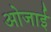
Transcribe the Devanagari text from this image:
ओजाई